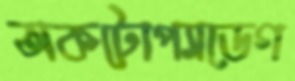
অকটোপ্যাডেগ